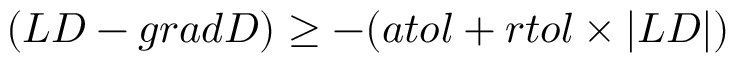
( L D - g r a d D ) \ge - ( a t o l + r t o l \times | L D | )